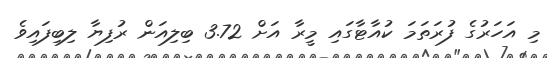
މި އަހަރުގެ ފުރަތަމަ ކުއާޓާގައި މީރާ އަށް 3.72 ބިލިއަން ރުފިޔާ ލިބިފައިވެ